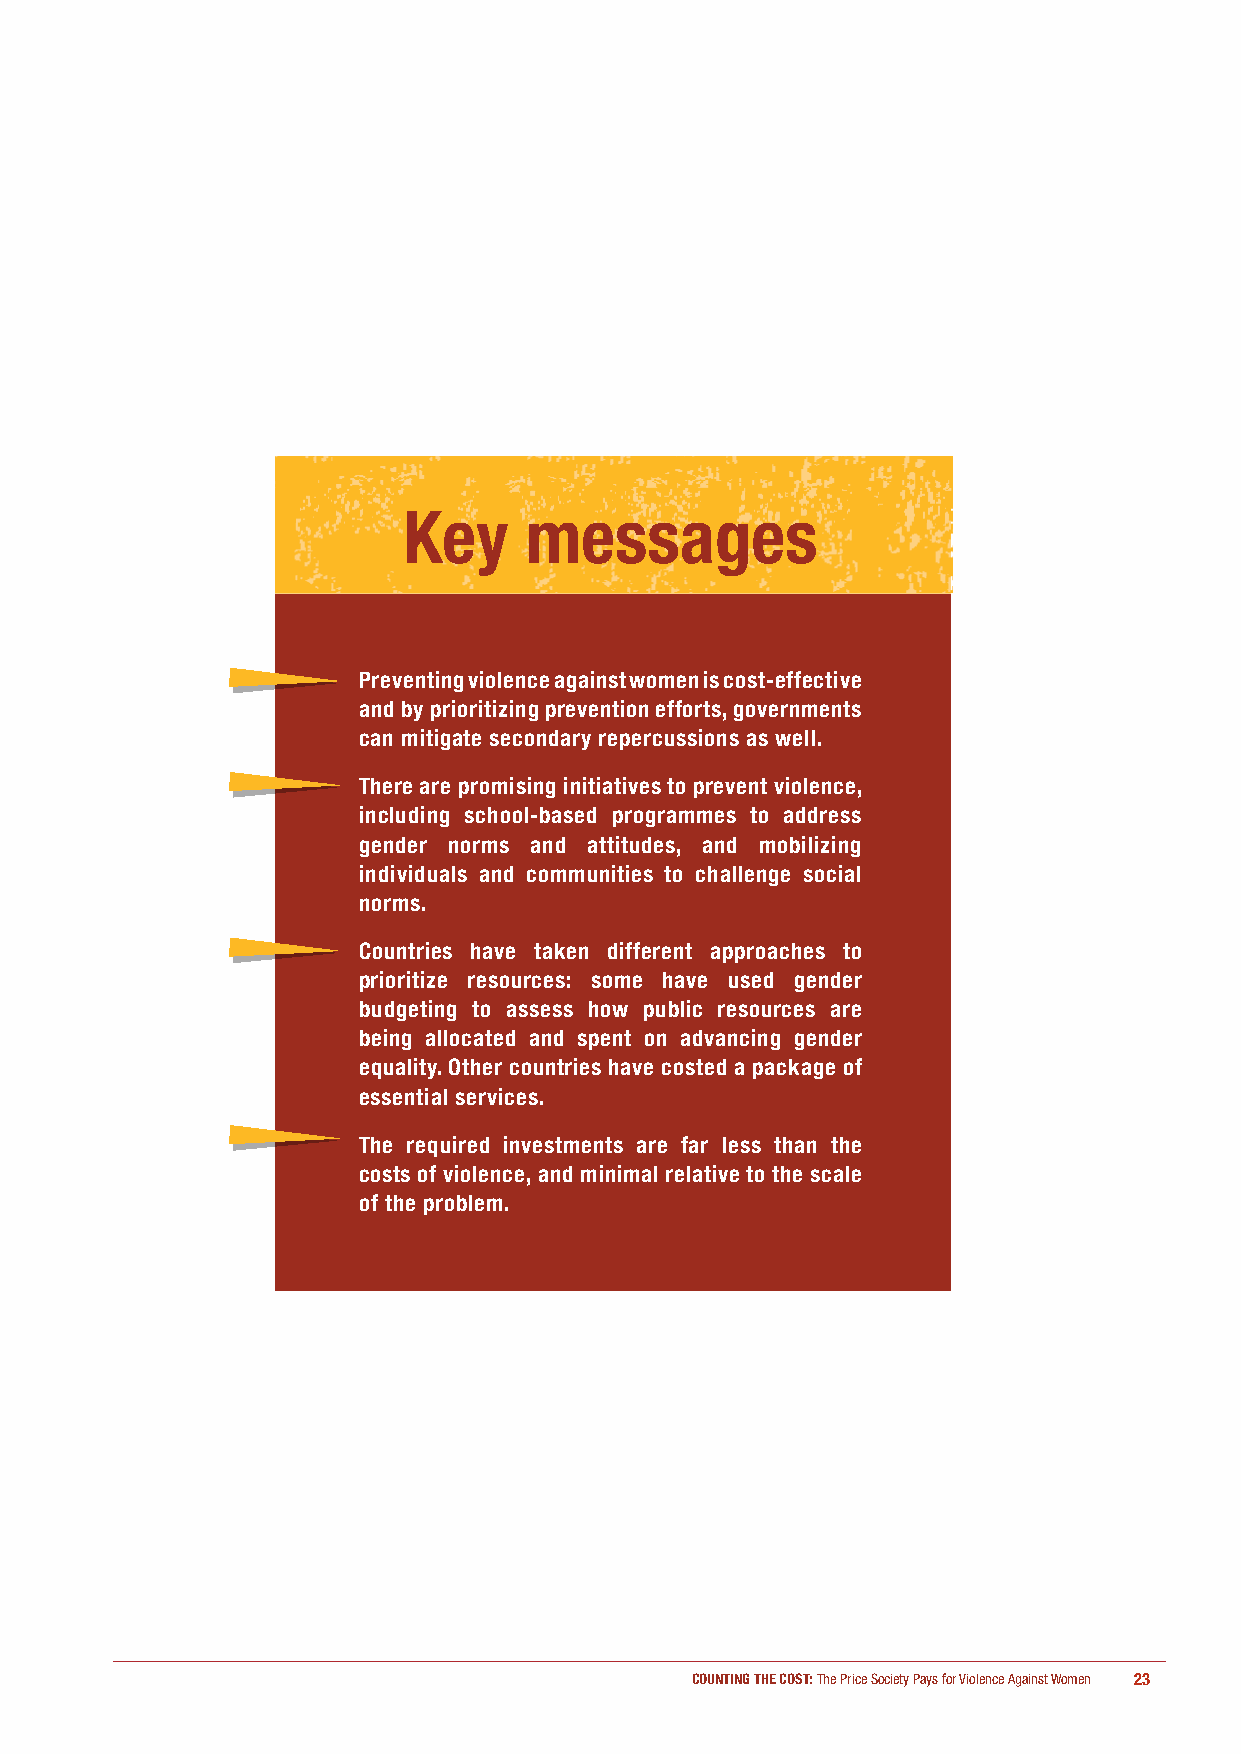
Key     messages
 Preventing violence against women is cost-effective
 and by prioritizing prevention efforts, governments
 can mitigate secondary repercussions as well.
 There are promising initiatives to prevent violence,
 including school-based programmes to address
 gender norms and attitudes, and mobilizing
 individuals and communities to challenge social
 norms.
 Countries have taken different approaches to
 prioritize resources: some have used gender
 budgeting to assess how public resources are
 being allocated and spent on advancing gender
 equality. Other countries have costed a package of
 essential services.
 The required investments are far less than the
 costs of violence, and minimal relative to the scale
 of the problem.
 COUNTING THE COST: The Price Society Pays for Violence Against Women 23